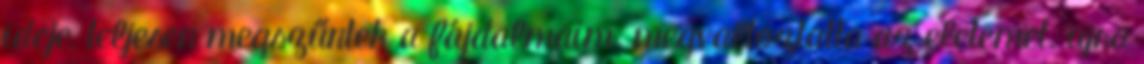
ideje, teljesen megszűntek a fájdalmaim. megvaltoztatta az eletemet. ujra